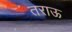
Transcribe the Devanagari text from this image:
तराऊ